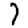
Digit: 7